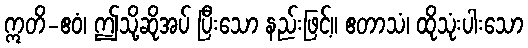
ဣတိ-ဧဝံ၊ ဤသို့ဆိုအပ် ပြီးသော နည်းဖြင့်။ ဧတာသံ၊ ထိုသုံးပါးသော